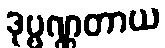
ဒုဗ္ဗဏ္ဏတာယ